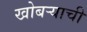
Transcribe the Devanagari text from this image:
खोबऱ्याची